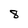
Character: 8